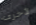
لأخرى